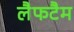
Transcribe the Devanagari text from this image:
लैफटैम